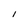
Character: I